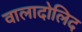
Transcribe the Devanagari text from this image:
वालादोलिद